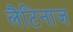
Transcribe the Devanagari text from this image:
लैटिनाज